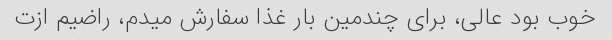
خوب بود عالی، برای چندمین بار غذا سفارش میدم، راضیم ازت